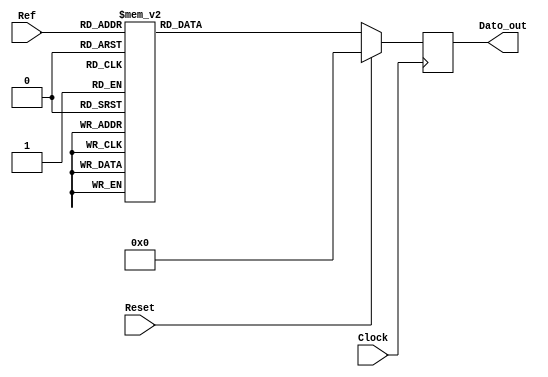
`timescale 1ns / 1ps
//////////////////////////////////////////////////////////////////////////////////
// Company: 
// Engineer: 
// 
// Design Name: 
// Module Name:    Deco_Ao 
// Project Name: 
// Target Devices: 
// Tool versions: 
// Description: 
//
// Dependencies: 
//
// Revision: 
// Revision 0.01 - File Created
// Additional Comments: 
//
//////////////////////////////////////////////////////////////////////////////////
module Deco_Ao(input Clock,
    input Reset,
    input [6:0] Ref,
    output [7:0] Dato_out
    );

reg [7:0] Out;

always @(posedge Clock)

	if (Reset)
		Out <= 8'h00;
	else 
	begin
		
	case (Ref)
		
		7'd0 : Out <= 8'h00;
		7'd1 : Out <= 8'h01;
		7'd2 : Out <= 8'h02;
		7'd3 : Out <= 8'h03;
		7'd4 : Out <= 8'h04;
		7'd5 : Out <= 8'h05;
		7'd6 : Out <= 8'h06;
		7'd7 : Out <= 8'h07;
		7'd8 : Out <= 8'h08;
		7'd9 : Out <= 8'h09;
		7'd10 : Out <= 8'h10;
		7'd11 : Out <= 8'h11;
		7'd12 : Out <= 8'h12;
		7'd13 : Out <= 8'h13;
		7'd14 : Out <= 8'h14;
		7'd15 : Out <= 8'h15;
		7'd16 : Out <= 8'h16;
		7'd17 : Out <= 8'h17;
		7'd18 : Out <= 8'h18;
		7'd19 : Out <= 8'h19;
		7'd20 : Out <= 8'h20;
		7'd21 : Out <= 8'h21;
		7'd22 : Out <= 8'h22;
		7'd23 : Out <= 8'h23;
		7'd24 : Out <= 8'h24;
		7'd25 : Out <= 8'h25;
		7'd26 : Out <= 8'h26;
		7'd27 : Out <= 8'h27;
		7'd28 : Out <= 8'h28;
		7'd29 : Out <= 8'h29;
		7'd30 : Out <= 8'h30;
		7'd31 : Out <= 8'h31;
		7'd32 : Out <= 8'h32;
		7'd33 : Out <= 8'h33;
		7'd34 : Out <= 8'h34;
		7'd35 : Out <= 8'h35;
		7'd36 : Out <= 8'h36;
		7'd37 : Out <= 8'h37;
		7'd38 : Out <= 8'h38;
		7'd39 : Out <= 8'h39;
		7'd40 : Out <= 8'h40;
		7'd41 : Out <= 8'h41;
		7'd42 : Out <= 8'h42;
		7'd43 : Out <= 8'h43;
		7'd44 : Out <= 8'h44;
		7'd45 : Out <= 8'h45;
		7'd46 : Out <= 8'h46;
		7'd47 : Out <= 8'h47;
		7'd48 : Out <= 8'h48;
		7'd49 : Out <= 8'h49;
		7'd50 : Out <= 8'h50;
		7'd51 : Out <= 8'h51;
		7'd52 : Out <= 8'h52;
		7'd53 : Out <= 8'h53;
		7'd54 : Out <= 8'h54;
		7'd55 : Out <= 8'h55;
		7'd56 : Out <= 8'h56;
		7'd57 : Out <= 8'h57;
		7'd58 : Out <= 8'h58;
		7'd59 : Out <= 8'h59;
		7'd60 : Out <= 8'h60;
		7'd61 : Out <= 8'h61;
		7'd62 : Out <= 8'h62;
		7'd63 : Out <= 8'h63;
		7'd64 : Out <= 8'h64;
		7'd65 : Out <= 8'h65;
		7'd66 : Out <= 8'h66;
		7'd67 : Out <= 8'h67;
		7'd68 : Out <= 8'h68;
		7'd69 : Out <= 8'h69;
		7'd70 : Out <= 8'h70;
		7'd71 : Out <= 8'h71;
		7'd72 : Out <= 8'h72;
		7'd73 : Out <= 8'h73;
		7'd74 : Out <= 8'h74;
		7'd75 : Out <= 8'h75;
		7'd76 : Out <= 8'h76;
		7'd77 : Out <= 8'h77;
		7'd78 : Out <= 8'h78;
		7'd79 : Out <= 8'h79;
		7'd80 : Out <= 8'h80;
		7'd81 : Out <= 8'h81;
		7'd82 : Out <= 8'h82;
		7'd83 : Out <= 8'h83;
		7'd84 : Out <= 8'h84;
		7'd85 : Out <= 8'h85;
		7'd86 : Out <= 8'h86;
		7'd87 : Out <= 8'h87;
		7'd88 : Out <= 8'h88;
		7'd89 : Out <= 8'h89;
		7'd90 : Out <= 8'h90;
		7'd91 : Out <= 8'h91;
		7'd92 : Out <= 8'h92;
		7'd93 : Out <= 8'h93;
		7'd94 : Out <= 8'h94;
		7'd95 : Out <= 8'h95;
		7'd96 : Out <= 8'h96;
		7'd97 : Out <= 8'h97;
		7'd98 : Out <= 8'h98;
		7'd99 : Out <= 8'h99;
		default : Out <= 8'h00;
		
		endcase
		end
assign Dato_out = Out;
endmodule